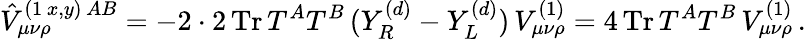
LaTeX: \hat{V}_{\mu\nu\rho}^{(1\, x,y)\, AB}=-2\cdot 2\, \mathrm{Tr}\, T^{A}T^{B}\, (Y_{R}^{(d)}-Y_{L}^{(d)})\, V_{\mu\nu\rho}^{(1)}=4\, \mathrm{Tr}\, T^{A}T^{B}\, V_{\mu\nu\rho}^{(1)}\, .